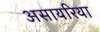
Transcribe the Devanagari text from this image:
असायरिया